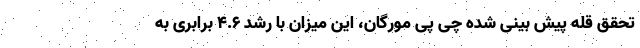
تحقق قله پیش بینی شده چی پی مورگان، این میزان با رشد ۴.۶ برابری به